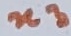
Text: n3